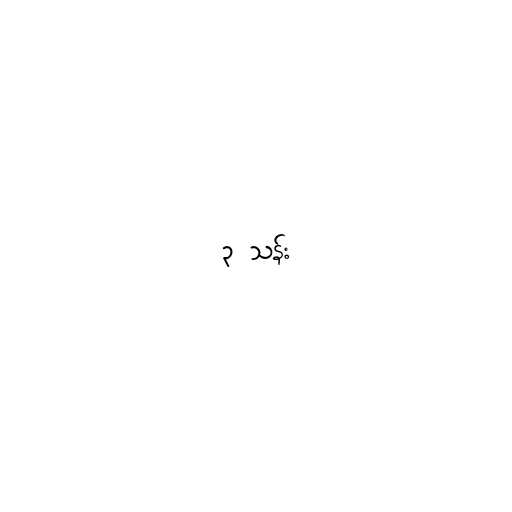
၃ သန်း